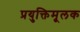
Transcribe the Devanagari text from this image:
प्रयुक्तिमूलक